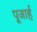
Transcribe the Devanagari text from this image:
पूजार्ह